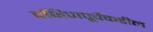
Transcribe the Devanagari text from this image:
दक्षिणपूर्वेकडील